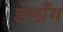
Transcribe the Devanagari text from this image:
डेलाँग